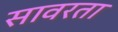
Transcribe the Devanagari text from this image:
सावरता